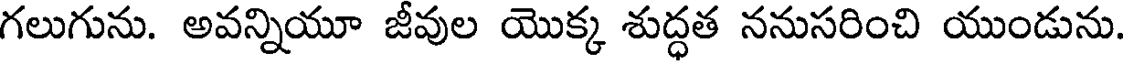
గలుగును. అవన్నియూ జీవుల యొక్క శుద్ధత ననుసరించి యుండును